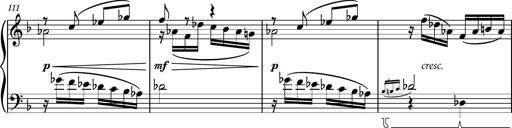
Title: Piano Sonatina No.8
Composer: Dimitri Sykias
Key: F major